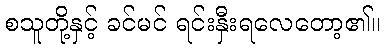
စသူတို့နှင့် ခင်မင် ရင်းနှီးရလေတော့၏။